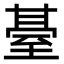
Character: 䑓